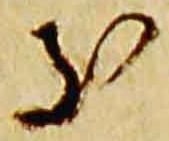
支